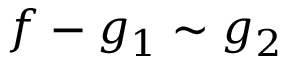
f - g _ { 1 } \sim g _ { 2 }